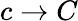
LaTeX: c\to C